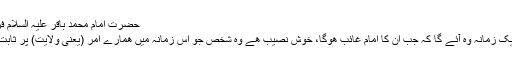
حضرت امام محمد باقر علیہ السلام فرماتے ھیں:
”لوگوں پر ایک زمانہ وہ آئے گا کہ جب ان کا امام غائب ھوگا، خوش نصیب ھے وہ شخص جو اس زمانہ میں ھمارے امر (یعنی ولایت) پر ثابت قدم رھے“۔